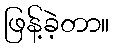
ဖြန့်ခဲ့တာ။